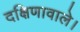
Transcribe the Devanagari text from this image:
दक्षिणावाले।